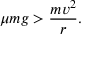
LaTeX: \mu m g > { \frac { m v ^ { 2 } } { r } } .